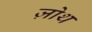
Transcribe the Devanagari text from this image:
ज़ोथ